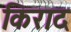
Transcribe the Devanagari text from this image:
किराद